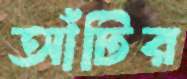
আঁটির